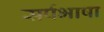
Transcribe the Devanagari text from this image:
सर्पभाषा